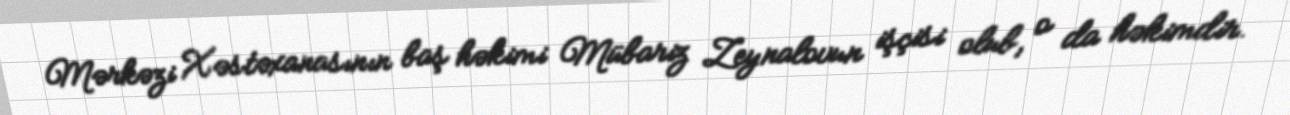
Mərkəzi Xəstəxanasının baş həkimi Mübariz Zeynalovun işçisi olub, o da həkimdir.